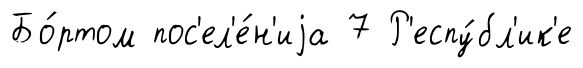
Бо́ртом пос'ел'е́н'иjа 7 Р'еспу́бл'ик'е